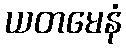
ယတမေနံ